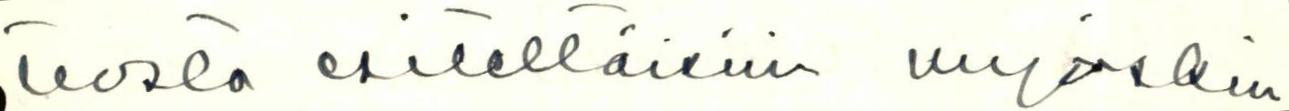
tuosta esitettäisiin myöskin